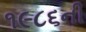
૧૯૮૬ની